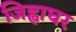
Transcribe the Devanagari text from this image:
जिह्वाघर